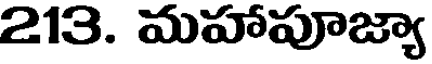
213. మహాపూజ్యా